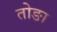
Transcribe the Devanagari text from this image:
तोङा